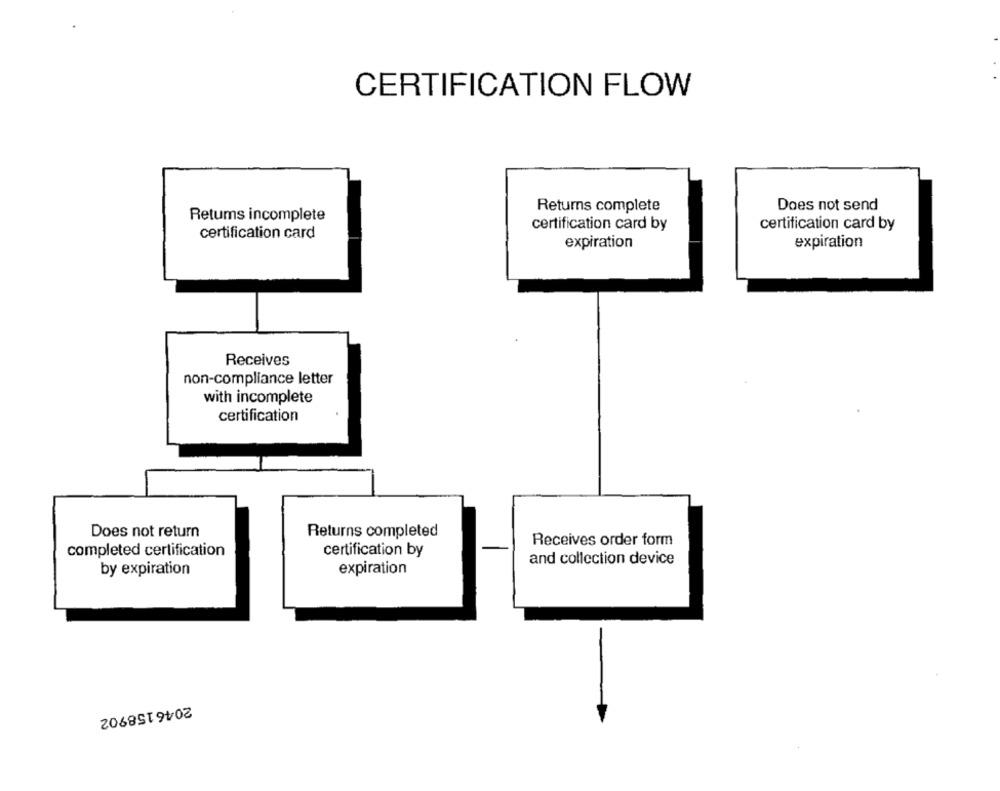
CERTIFICATION FLOW
Returns complete
Does not send
Retums incomplete
certification card by
certification card by
certification card
expiration
expiration
Receives
non-compliance letter
with incomplete
certification
Does not return
Returns completed
Receives order form
completed certification
certification by
and collection device
by expiration
expiration
2046158902